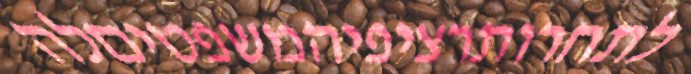
לתחרותרציפיהמשפטיםלה